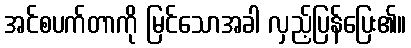
အင်စပက်တာကို မြင်သောအခါ လှည့်ပြန်ပြေး၏။